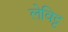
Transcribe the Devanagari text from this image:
लेविट्ट